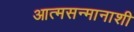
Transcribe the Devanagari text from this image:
आत्मसन्मानाशी